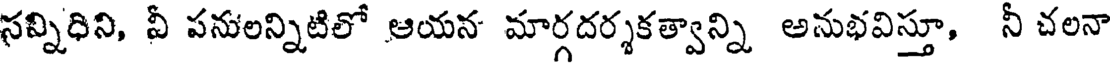
సవ్నిధిని, వీ పనులన్నిటిలో ఆయన మార్గదర్శకత్వాన్ని అనుభవిస్తూ, నీ చలనా